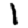
Digit: 1